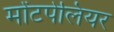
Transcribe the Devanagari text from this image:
मोंटपेलियर